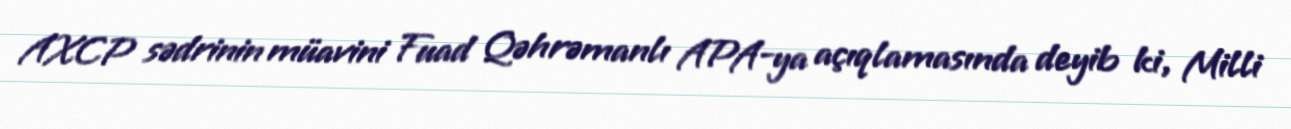
AXCP sədrinin müavini Fuad Qəhrəmanlı APA-ya açıqlamasında deyib ki, Milli